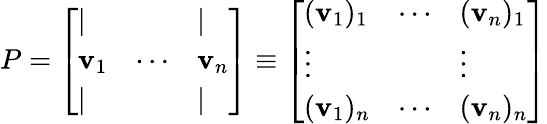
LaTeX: P={\left[\begin{array}{lll}{|}&&{|}\\ {\mathbf{v}_{1}}&{\cdots}&{\mathbf{v}_{n}}\\ {|}&&{|}\end{array}\right]}\equiv{\left[\begin{array}{lll}{(\mathbf{v}_{1})_{1}}&{\cdots}&{(\mathbf{v}_{n})_{1}}\\ {\vdots}&&{\vdots}\\ {(\mathbf{v}_{1})_{n}}&{\cdots}&{(\mathbf{v}_{n})_{n}}\end{array}\right]}